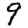
Digit: 9